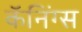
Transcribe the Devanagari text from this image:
कॅनिंग्स